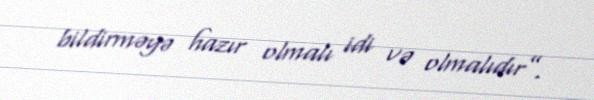
bildirməyə hazır olmalı idi və olmalıdır”.